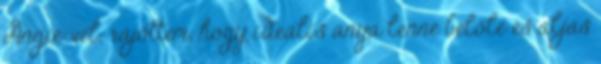
Angie-vel, rájöttem, hogy ideális anya lenne belőle és aljas